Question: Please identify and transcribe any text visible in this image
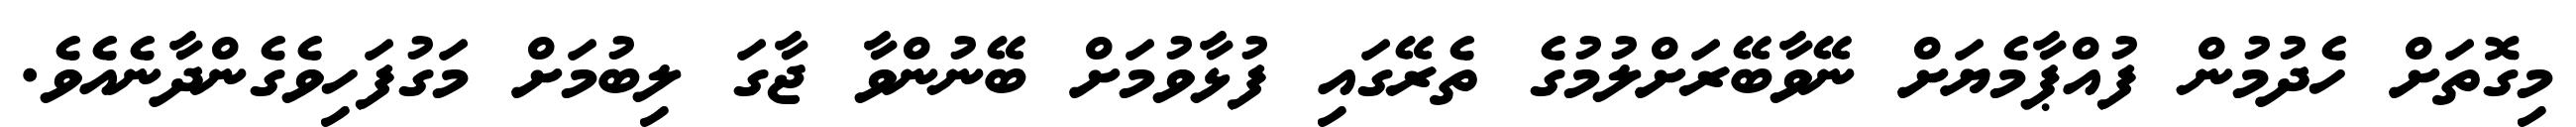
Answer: މިގޮތަށް ހެދުމުން ފުއްޕާމެޔަށް ނޭވާބޭރަށްލުމުގެ ތެރޭގައި ފުޅާވުމަށް ބޭނުންވާ ޖާގަ ލިބުމަށް މަގުފަހިވެގެންދާނެއެވެ.